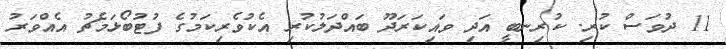
11 ދުވަސް ކުރި. ކުރިނބީ އަދި ވައިކަރަދޫ ބައްދަލުކުރި އެކުވެރިކަމުގެ ފުޓުބޯޅަމެޗު އެއްވަރު